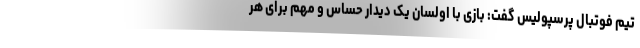
تیم فوتبال پرسپولیس گفت: بازی با اولسان یک دیدار حساس و مهم برای هر